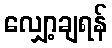
လျှော့ချရန်